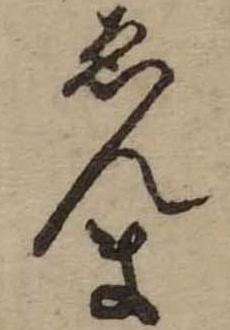
ゑんま